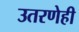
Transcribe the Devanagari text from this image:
उतरणेही